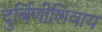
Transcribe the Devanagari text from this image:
दुर्बिणीशिवाय